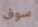
سوف